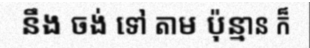
នឹង ចង់ ទៅ តាម ប៉ុន្មាន ក៏